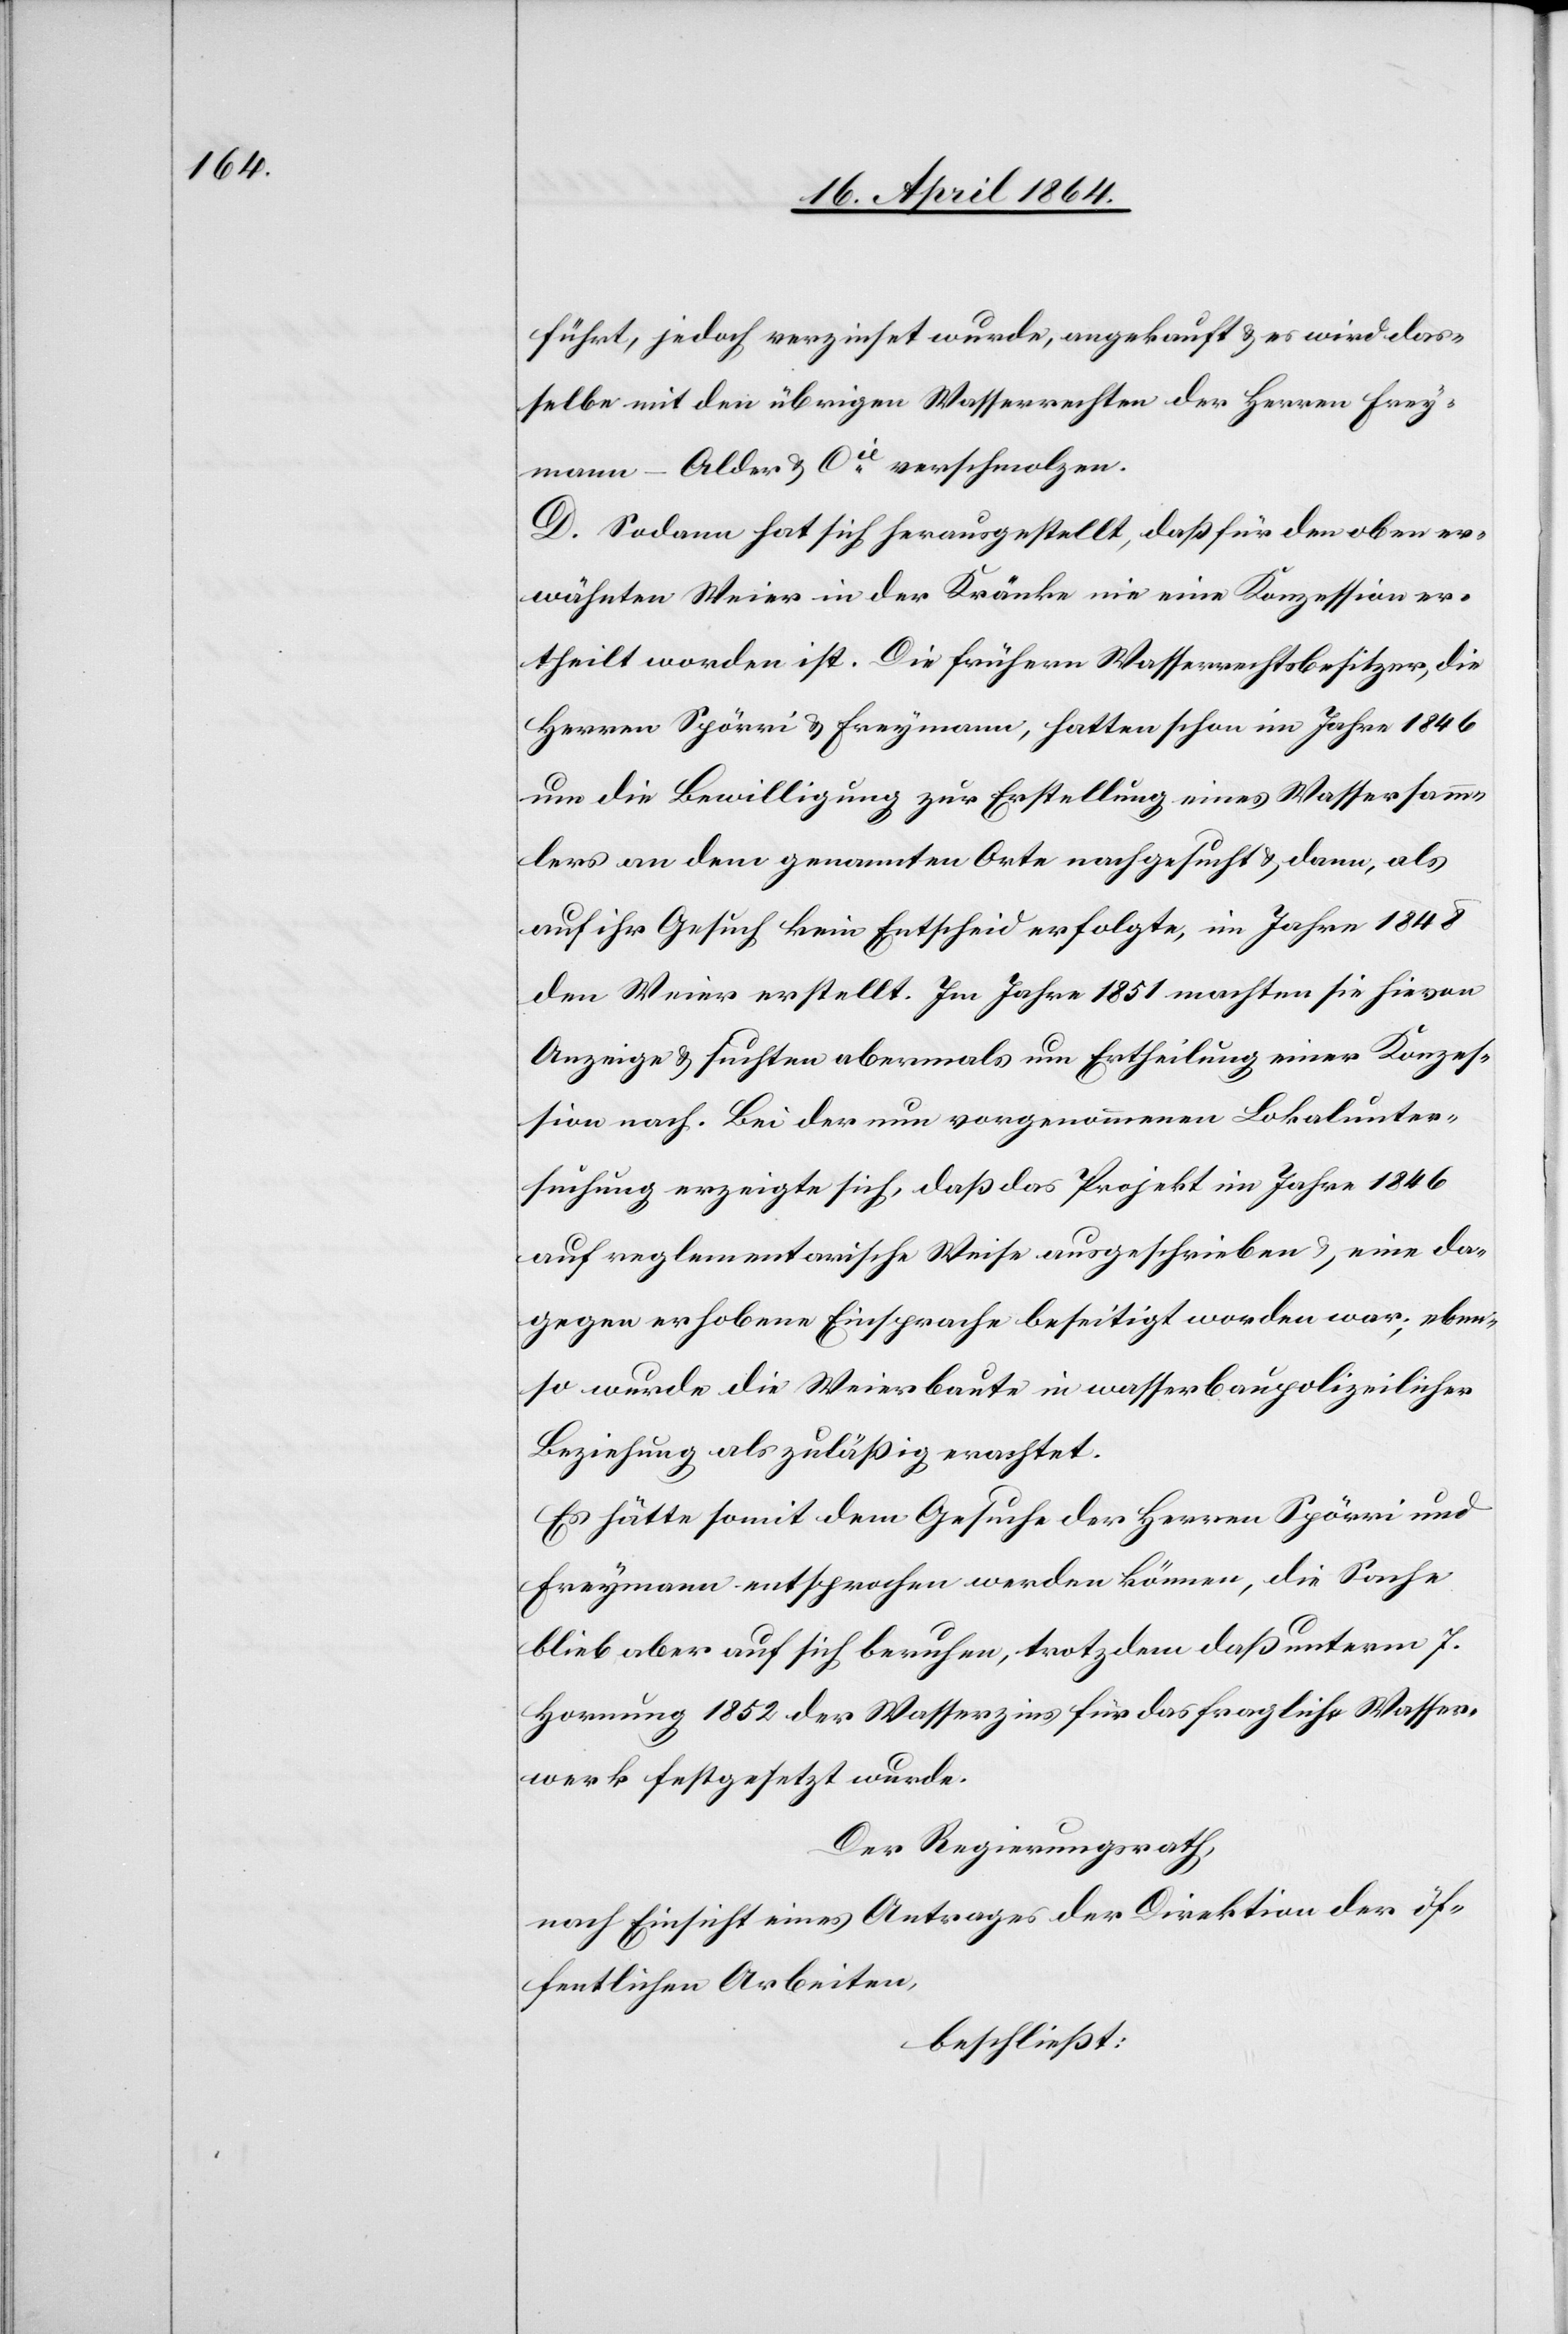
führt, jedoch verzinst wurde, angekauft u. es wird das¬
selbe mit den übrigen Wasserrechten der Herren Frey¬
mann-Alder & Cie verschmolzen.
D. Sodann hat sich herausgestellt, daß für den oben er¬
wähnten Weier in der Kränke nie eine Konzession er¬
theilt worden ist. Die frühern Wasserrechtsbesitzer, die
Herren Spörri u. Freymann, hatten schon im Jahre 1846
um die Bewilligung zur Erstellung eines Wassersamm¬
lers an dem genannten Orte nachgesucht u. dann, als
auf ihr Gesuch kein Entscheid erfolgte, im Jahre 1848
den Weier erstellt. Im Jahre 1851 machten sie hievon
Anzeige u. suchten abermals um Ertheilung einer Konzes¬
sion nach. Bei der nun vorgenommenen Lokalunter¬
suchung erzeigte sich, daß das Projekt im Jahre 1846
auf reglementarische Weise ausgeschrieben u., eine da¬
gegen erhobene Einsprache beseitigt worden war; eben¬
so wurde die Weiersbaute in wasserbaupolizeilicher
Beziehung als zuläßig erachtet.
Es hätte somit dem Gesuche der Herren Spörri und
Freymann entsprochen werden können, die Sache
blieb aber auf sich beruhen, trotzdem daß unterm 7.
Hornung 1852 der Wasserzins für das fragliche Wasser¬
werk festgesetzt wurde.
Der Regierungsrath,
nach Einsicht eines Antrages der Direktion der öf¬
fentlichen Arbeiten,
beschließt: